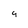
Character: 9